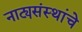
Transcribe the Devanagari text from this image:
नाट्यसंस्थांचे